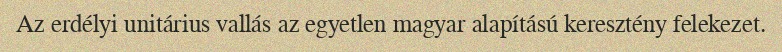
Az erdélyi unitárius vallás az egyetlen magyar alapítású keresztény felekezet.